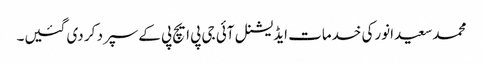
محمدسعیدانورکی خدمات ایڈیشنل آئی جی پی ایچ پی کےسپرد کر دی گئیں۔